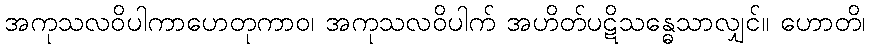
အကုသလဝိပါကာဟေတုကာဝ၊ အကုသလဝိပါက် အဟိတ်ပဋိသန္ဓေသာလျှင်။ ဟောတိ၊